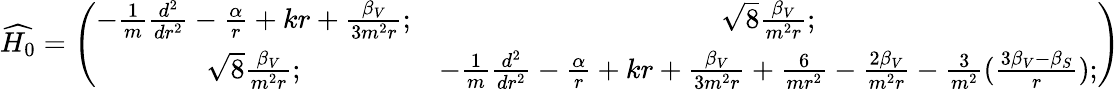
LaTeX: \widehat{H_{0}}=\left(\begin{array}{cc}{{-\frac{1}{m}\frac{d^{2}}{dr^{2}}-\frac{\alpha}{r}+kr+\frac{\beta_{V}}{3m^{2}r};}}&{{\sqrt{8}\frac{\beta_{V}}{m^{2}r};}}\\ {{\sqrt{8}\frac{\beta_{V}}{m^{2}r};}}&{{-\frac{1}{m}\frac{d^{2}}{dr^{2}}-\frac{\alpha}{r}+kr+\frac{\beta_{V}}{3m^{2}r}+\frac{6}{mr^{2}}-\frac{2\beta_{V}}{m^{2}r}-\frac{3}{m^{2}}(\frac{3\beta_{V}-\beta_{S}}{r});}}\end{array}\right)